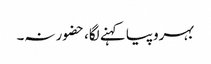
بہروپیا کہنے لگا، حضور نہ۔